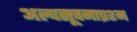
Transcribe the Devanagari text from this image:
अल्पसूचनाप्रश्न